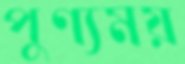
পুণ্যময়